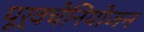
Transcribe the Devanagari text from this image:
पूर्वचेनियोजन